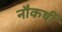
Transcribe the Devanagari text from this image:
नौकर्षी